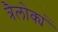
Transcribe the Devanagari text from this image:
त्रैलोक्यं